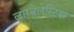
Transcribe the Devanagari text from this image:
लारबेलेस्टियर